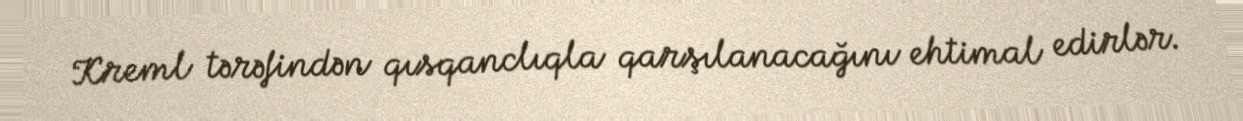
Kreml tərəfindən qısqanclıqla qarşılanacağını ehtimal edirlər.